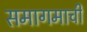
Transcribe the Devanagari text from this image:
समागमाची